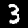
Label: 3